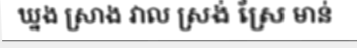
ឃ្នង ស្រាង វាល ស្រង់ ស្រែ មាន់